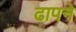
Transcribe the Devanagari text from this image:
ढापने